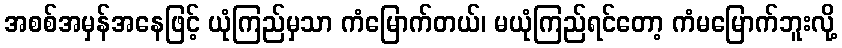
အစစ်အမှန်အနေဖြင့် ယုံကြည်မှသာ ကံမြောက်တယ်၊ မယုံကြည်ရင်တော့ ကံမမြောက်ဘူးလို့